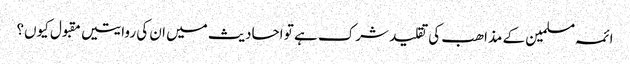
ائمہ مسلمین کے مذاھب کی تقلید شرک ہے تو احادیث میں ان کی روایتیں مقبول کیوں؟